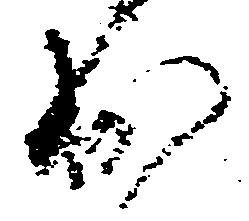
出